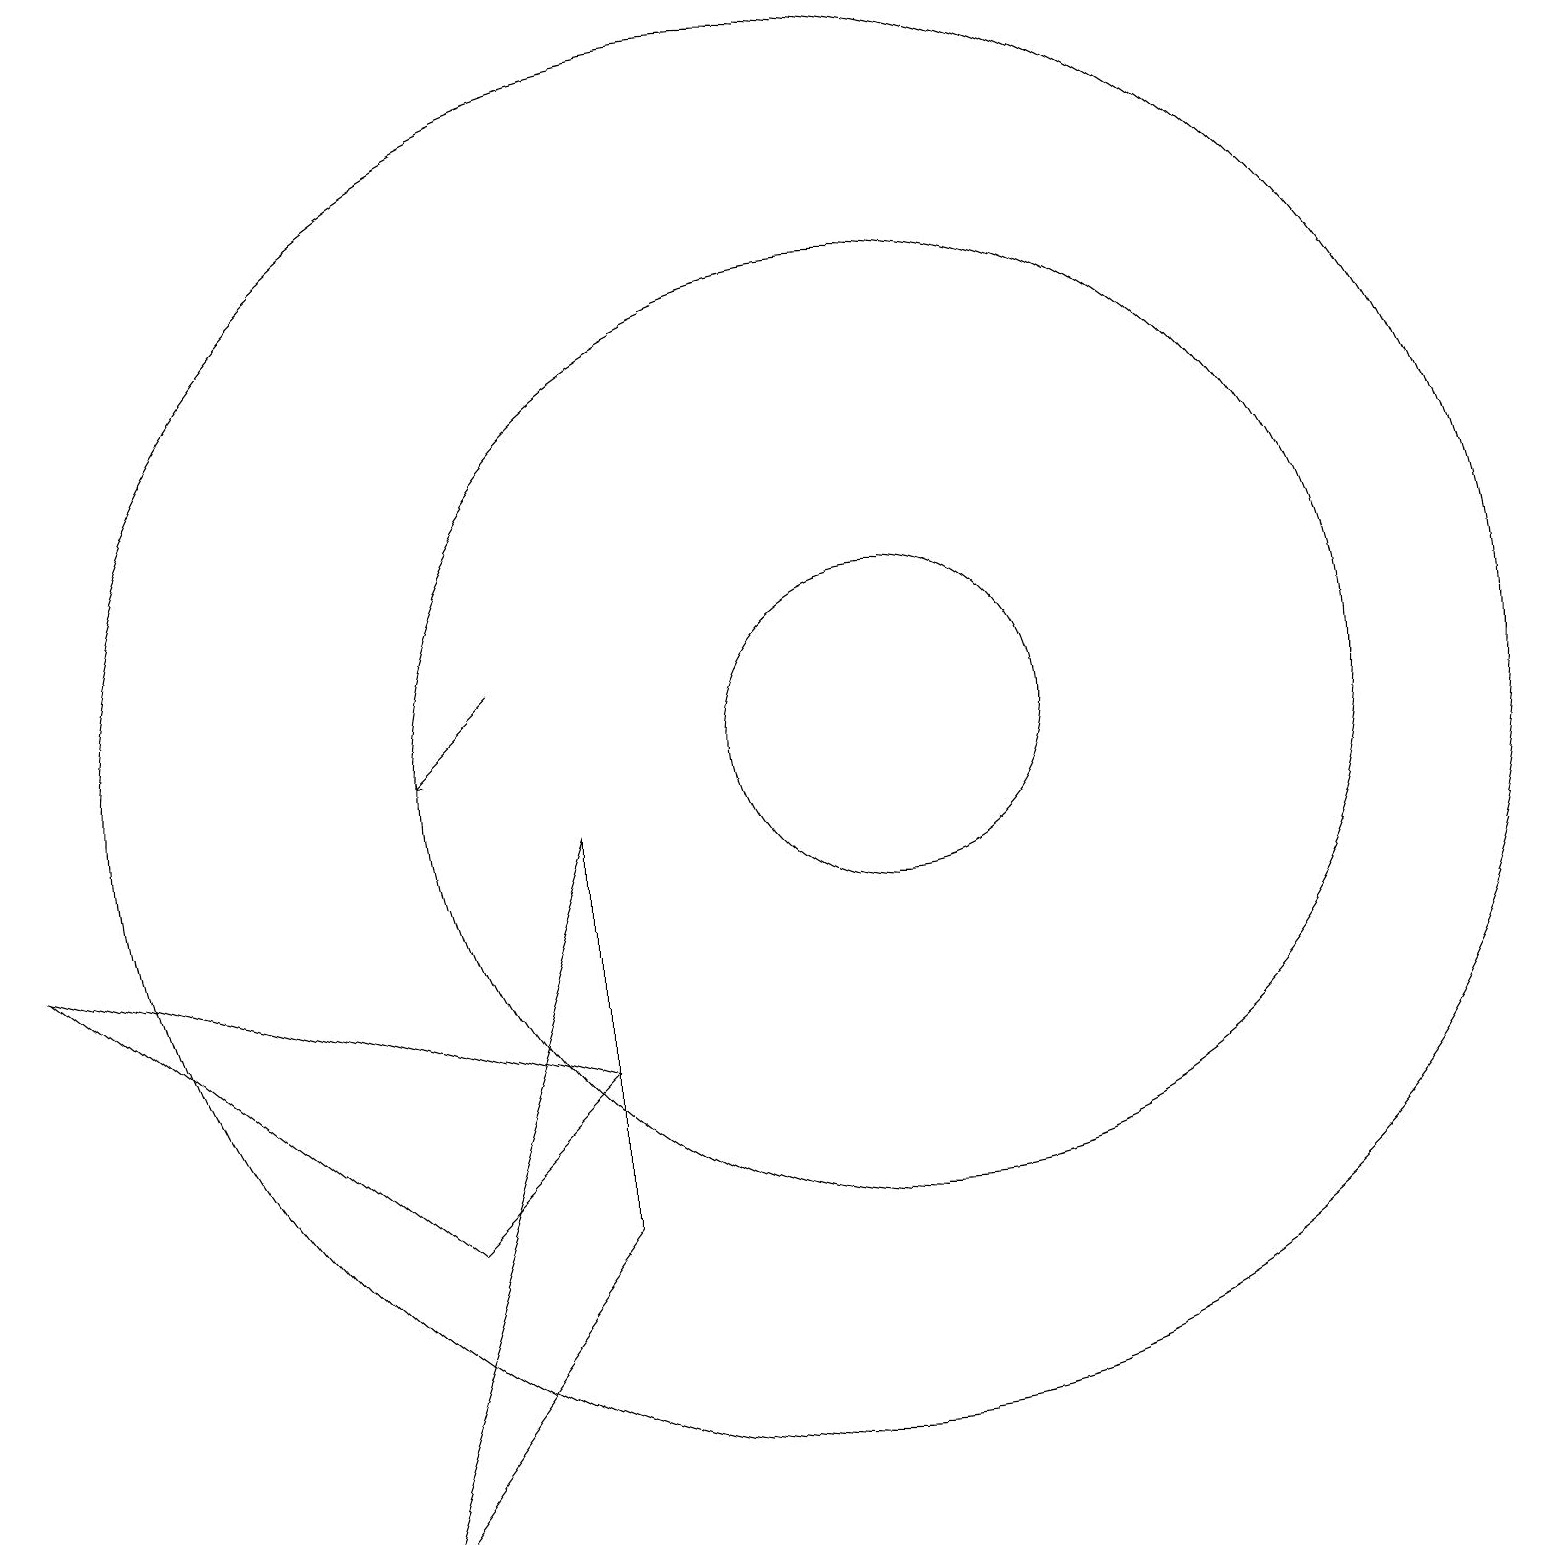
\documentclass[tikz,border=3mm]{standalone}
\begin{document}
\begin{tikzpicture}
\draw (12,11) circle (0);
\draw (10,10) circle (0);
\draw (11,10) circle (6);
\draw (10,10) circle (9);
\draw (11,10) circle (2);
\draw[->] (6,11) -- (5,10);
\draw (7,6) -- (5,4) -- (0,8) -- cycle;
\draw (4,0) -- (7,4) -- (7,9) -- cycle;
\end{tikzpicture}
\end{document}